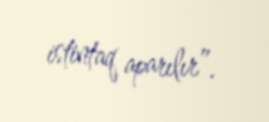
istintaq aparılır”.